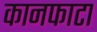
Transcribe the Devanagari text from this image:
कानफाटा